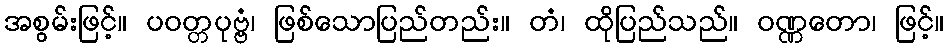
အစွမ်းဖြင့်။ ပဝတ္တပုဗ္ဗံ၊ ဖြစ်သောပြည်တည်း။ တံ၊ ထိုပြည်သည်။ ဝဏ္ဏတော၊ ဖြင့်။